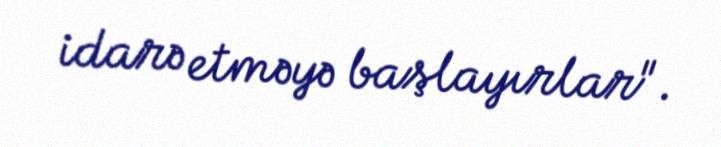
idarə etməyə başlayırlar".